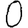
Digit: 0